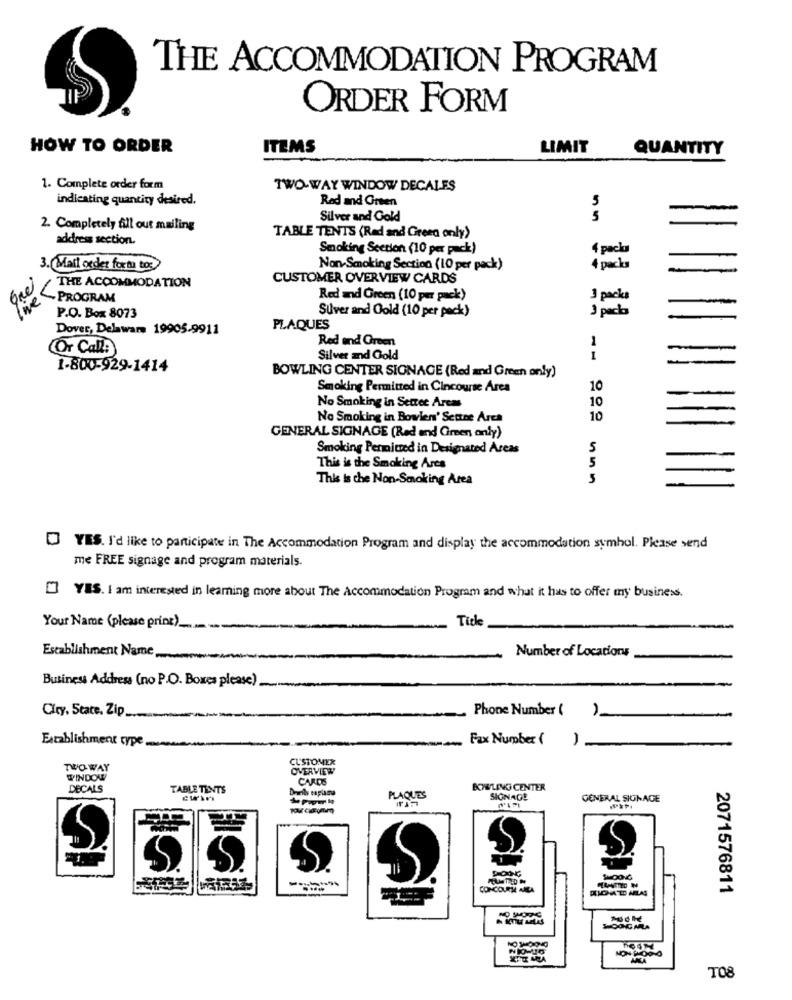
THE ACCOMMODATION PROGRAM
ORDER FORM
HOW TO ORDER
ITEMS
LIMIT
QUANTITY
1. Complete order form
TWO-WAY WINDOW DECALLES
indicating quantity desired.
Red and Green
-
Silver and Gold
5
2. Completely fill out mailing
address section.
TABLE TENTS (Red and Green only)
Smoking Section (10 per pack)
4 packu
-
3. Mail order fortu toc
Non-Smoking Section (10 per pack)
4 packa
-
CUSTOMER OVERVIEW CARDS
live
THE ACCOMMODATION
- PROGRAM
Red and Green (10 pm pack)
3 packs
Suver and Gold (10 per pack)
3 packa
P.O. Box 8073
Dover, Delaware 19905-9911
PLAQUES
Red and Green
1
COr Call?
-
Silver and Gold
1
1-800-929-1414
-
BOWLING CENTER SIGNAGE (Red and Green only)
Smoking Permitted in Cincourse Area
10
-
10
No Smoking in Settec Areas
-
No Smoking in Bowlen' Settne Arca
10
GENERAL SIGNAGE (Red and Green, only)
Smoking Permitted in Designated Areas
5
5
This is the Smoking Ares
This is che Non-Smoking Area
5
YES. I'd like to participate in The Accommodation Program and display the accommodation symbol. Please send
me FREE signage and program materials.
[] YES. I am interested in learning more about The Accommodation Program and what it has to offer my business.
Tice
Your Name (please print) __.
Establishment Name,
Number of Locations
Business Address (no P.O. Boxes please)
City, State. Zip.
Phone Number (
Establishment type
Fax Number (
-
CUSTOMER
TWO WAY
OVERVIEW
WINDOW
CARDS
DECALS
TABLE TENTS
BOWLING CENTER
& Popur k
PLAQUES
SIGNAGE
GENERAL SIGNAGE
CONCOURS AREA
2071576811
TO8